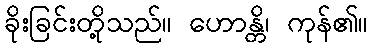
ခိုးခြင်းတို့သည်။ ဟောန္တိ၊ ကုန်၏။